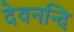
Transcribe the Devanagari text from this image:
देवनन्दि